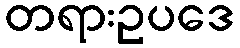
တရားဥပဒေ